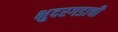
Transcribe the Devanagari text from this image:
भुदरगडाची